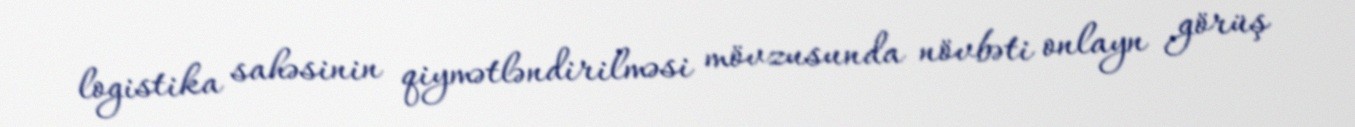
logistika sahəsinin qiymətləndirilməsi mövzusunda növbəti onlayn görüş